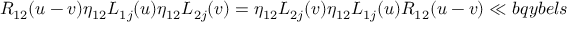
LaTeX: { R } _ { 1 2 } ( u - v ) \eta _ { 1 2 } L _ { 1 j } ( u ) \eta _ { 1 2 } L _ { 2 j } ( v ) = \eta _ { 1 2 } L _ { 2 j } ( v ) \eta _ { 1 2 } L _ { 1 j } ( u ) { R } _ { 1 2 } ( u - v ) \ll { b q y b e l s }